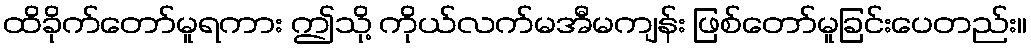
ထိခိုက်တော်မူရကား ဤသို့ ကိုယ်လက်မအီမကျန်း ဖြစ်တော်မူခြင်းပေတည်း။